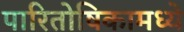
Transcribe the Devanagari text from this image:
पारितोषिकामध्ये